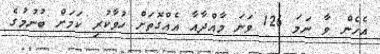
އެހެން ވާ ނަމަ 126 ވަނަ މާއްދާއާ އެއްގޮތަށް ހުވާކުރި ކަމަށް ބުނުމުގެ